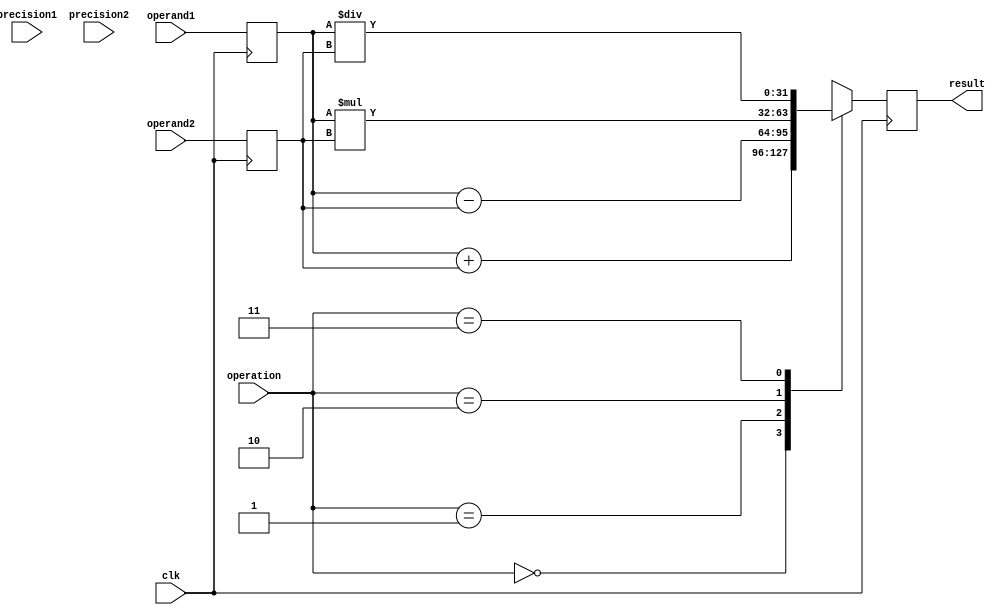
module mixed_precision_float_unit (
    input wire clk,
    input wire [31:0] operand1,
    input wire [31:0] operand2,
    input wire [1:0] precision1,
    input wire [1:0] precision2,
    input wire [1:0] operation,
    output reg [31:0] result
);

reg [31:0] op1_reg;
reg [31:0] op2_reg;

always @ (posedge clk) begin
    op1_reg <= operand1;
    op2_reg <= operand2;
    
    case (operation)
        2'b00: // addition
            result <= op1_reg + op2_reg;
        2'b01: // subtraction
            result <= op1_reg - op2_reg;
        2'b10: // multiplication
            result <= op1_reg * op2_reg;
        2'b11: // division
            result <= op1_reg / op2_reg;
    endcase
end

endmodule